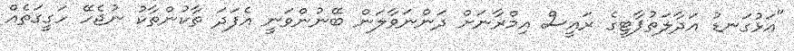
"އަޅުގަނޑު އަދާލަތުޕާޓީގެ ރައީސް އިމްރާނަށް ދަންނަވާލަން ބޭނުންވަނީ އެފަދަ ތާކުންތާކު ނުޖެހޭ ހަގީގަތެއް